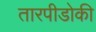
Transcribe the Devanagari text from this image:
तारपीडोकी